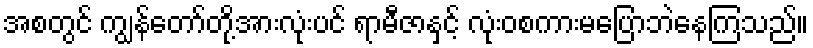
အစတွင် ကျွန်တော်တို့အားလုံးပင် ရာမီဇာနှင့် လုံးဝစကားမပြောဘဲနေကြသည်။